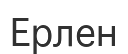
Ерлен